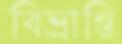
বিভ্রান্তি